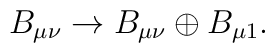
B_{\mu\nu}\to B_{\mu\nu}\oplus B_{\mu 1}.